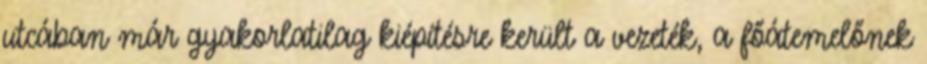
utcában már gyakorlatilag kiépítésre került a vezeték, a főátemelőnek